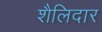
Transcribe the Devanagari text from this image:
शैलिदार